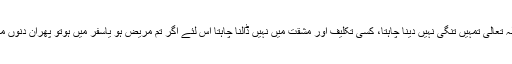
فرمایا کہ کیونکہ اللہ تعالیٰ تمہیں تنگی نہیں دینا چاہتا، کسی تکلیف اور مشقت میں نہیں ڈالنا چاہتا اس لئے اگر تم مریض ہو یاسفر میں ہوتو پھران دنوں میں روزے نہ رکھو۔